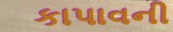
કાપાવની